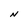
Character: N